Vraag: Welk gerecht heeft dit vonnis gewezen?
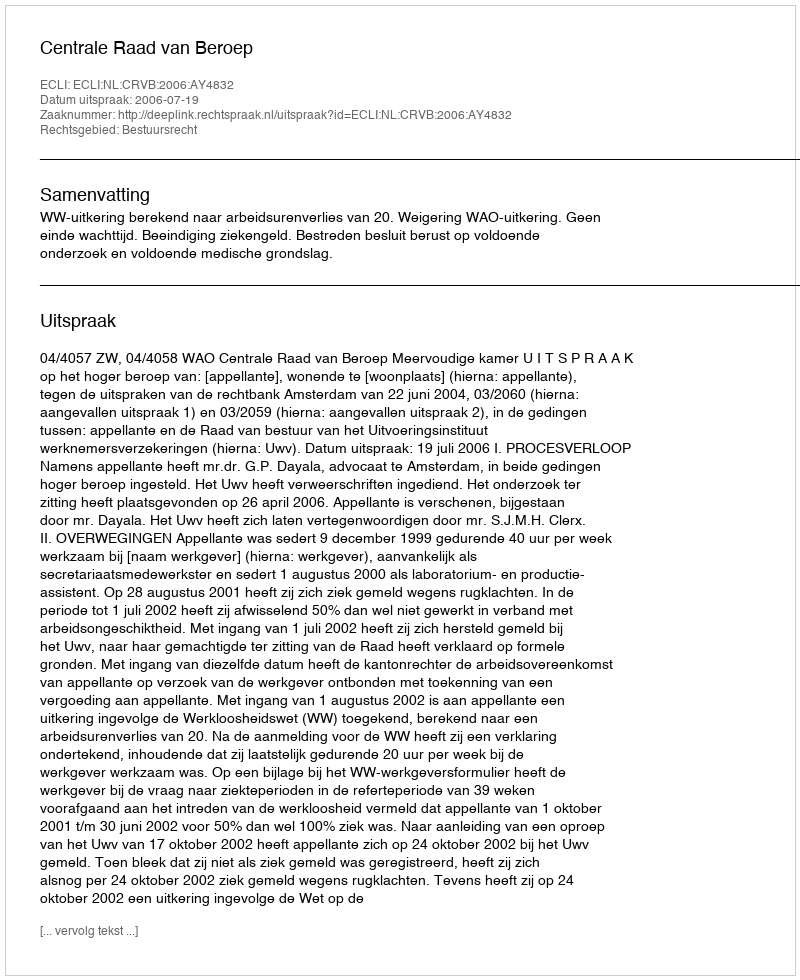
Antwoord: Centrale Raad van Beroep